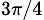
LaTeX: _{3\pi/4}